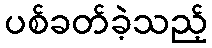
ပစ်ခတ်ခဲ့သည့်